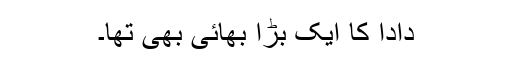
دادا کا ایک بڑا بھائی بھی تھا۔